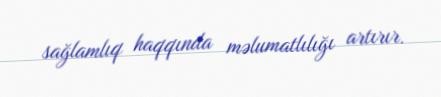
sağlamlıq haqqında məlumatlılığı artırır.